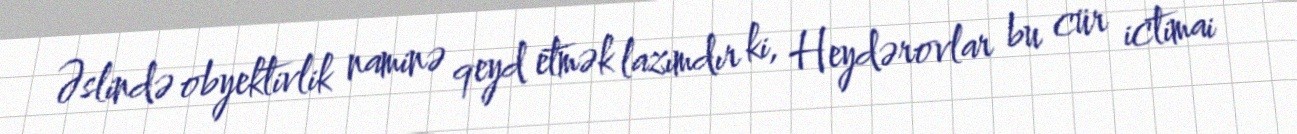
Əslində obyektivlik naminə qeyd etmək lazımdır ki, Heydərovlar bu cür ictimai